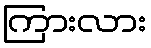
ကြားလား